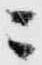
ニ